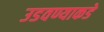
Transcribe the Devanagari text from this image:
उडवण्याकडे